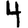
Digit: 4